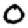
Digit: 0